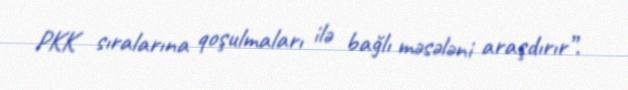
PKK sıralarına qoşulmaları ilə bağlı məsələni araşdırır”.